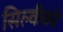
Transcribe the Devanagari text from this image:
सिल्वीको